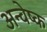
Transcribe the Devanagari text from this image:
अन्वेष्क